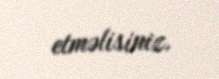
etməlisiniz.